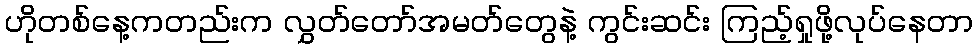
ဟိုတစ်နေ့ကတည်းက လွှတ်တော်အမတ်တွေနဲ့ ကွင်းဆင်း ကြည့်ရှုဖို့လုပ်နေတာ